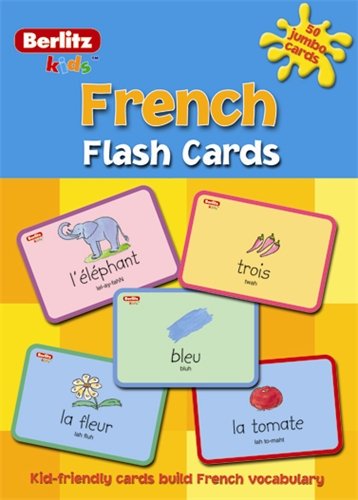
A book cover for French Flash Cards; Berlitz International Inc.; Children's Books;